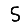
Digit: 5